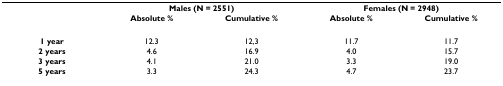
<table><thead><tr><td></td><td colspan="2"><b>Males (N = 2551)</b></td><td colspan="2"><b>Females (N = 2948)</b></td></tr><tr><td></td><td><b>Absolute %</b></td><td><b>Cumulative %</b></td><td><b>Absolute %</b></td><td><b>Cumulative %</b></td></tr></thead><tbody><tr><td><b>1 year</b></td><td>12.3</td><td>12,3</td><td>11.7</td><td>11.7</td></tr><tr><td><b>2 years</b></td><td>4.6</td><td>16.9</td><td>4.0</td><td>15.7</td></tr><tr><td><b>3 years</b></td><td>4.1</td><td>21.0</td><td>3.3</td><td>19.0</td></tr><tr><td><b>5 years</b></td><td>3.3</td><td>24.3</td><td>4.7</td><td>23.7</td></tr></tbody></table>